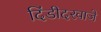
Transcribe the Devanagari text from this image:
दिंडीदरवाजे